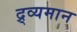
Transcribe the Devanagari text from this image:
द्र्व्यमान